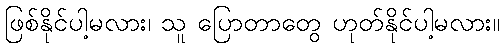
ဖြစ်နိုင်ပါ့မလား၊ သူ ပြောတာတွေ ဟုတ်နိုင်ပါ့မလား။